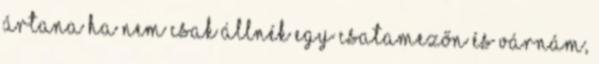
ártana ha nem csak állnék egy csatamezőn és várnám,